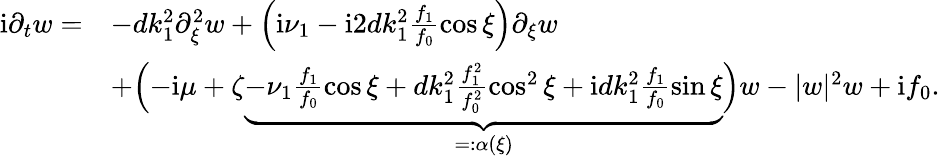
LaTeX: \begin{array}{rl}{\mathrm{i}\partial_{t}w=}&{-dk_{1}^{2}\partial_{\xi}^{2}w+\left(\mathrm{i}\nu_{1}-\mathrm{i}2dk_{1}^{2}\frac{f_{1}}{f_{0}}\cos\xi\right)\partial_{\xi}w}\\ &{+\Bigl(-\mathrm{i}\mu+\zeta\underbrace{-\nu_{1}\frac{f_{1}}{f_{0}}\cos\xi+dk_{1}^{2}\frac{f_{1}^{2}}{f_{0}^{2}}\cos^{2}\xi+\mathrm{i}dk_{1}^{2}\frac{f_{1}}{f_{0}}\sin\xi}_{=:\alpha(\xi)}\Bigr)w-|w|^{2}w+\mathrm{i}f_{0}.}\end{array}